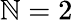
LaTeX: \mathbb{N}=2